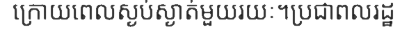
ក្រោយពេលស្ងប់ស្ងាត់មួយរយៈ។ប្រជាពលរដ្ឋ